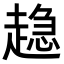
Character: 𧼾